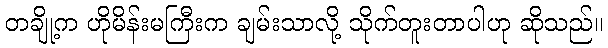
တချို့က ဟိုမိန်းမကြီးက ချမ်းသာလို့ သိုက်တူးတာပါဟု ဆိုသည်။